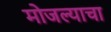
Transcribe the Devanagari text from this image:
मोजल्याचा